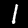
Digit: 1